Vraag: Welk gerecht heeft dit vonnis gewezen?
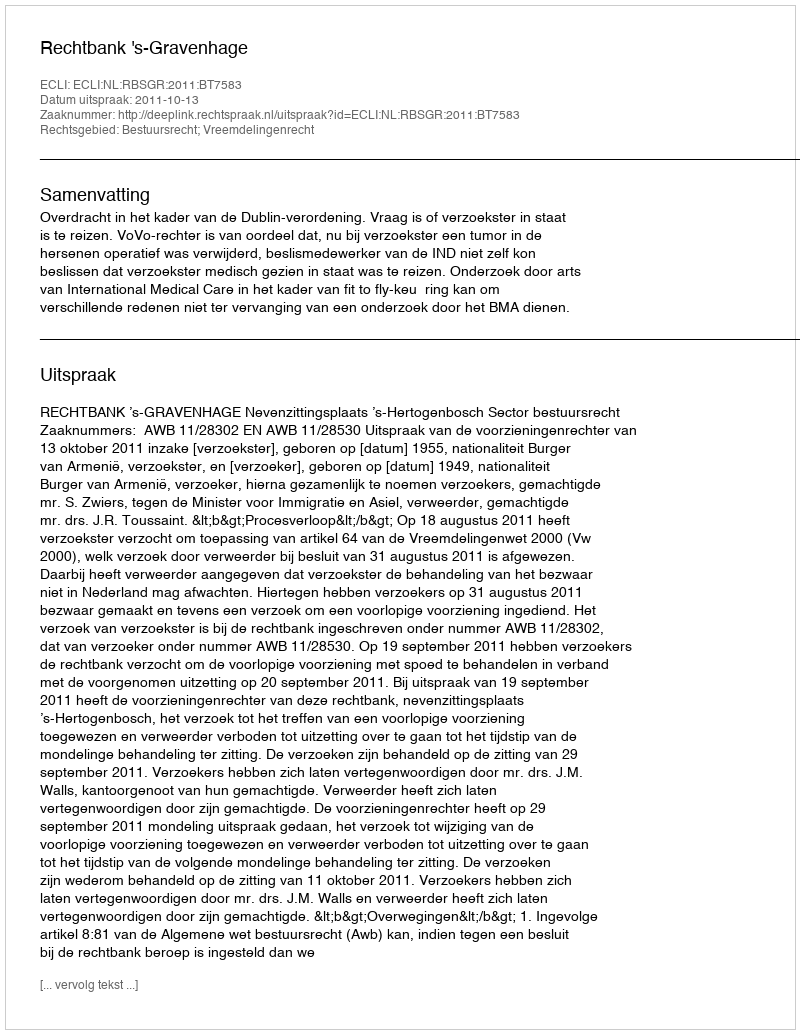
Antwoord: Rechtbank 's-Gravenhage